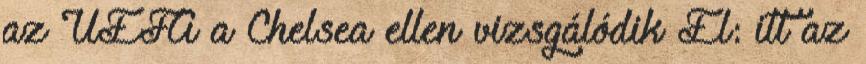
az UEFA a Chelsea ellen vizsgálódik El: itt az